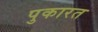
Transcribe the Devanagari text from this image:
पुकारत